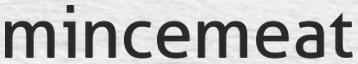
mincemeat